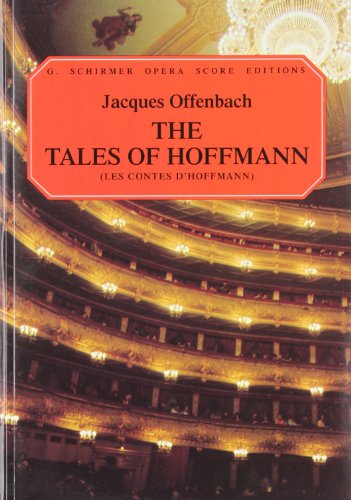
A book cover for The Tales of Hoffman (Les Contes d'Hoffmann): Vocal Score (G. Schirmer Opera Score Editions); Ruth Martin; Humor & Entertainment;